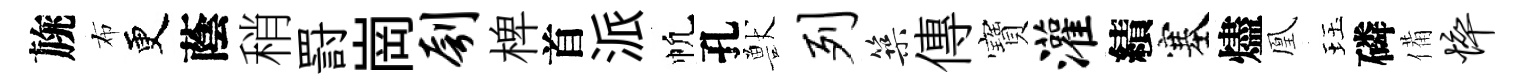
旐布更蔭稍罸崗刳椑首派帆孔獸列築傳寶灌績塞燼凰珏磷備悴